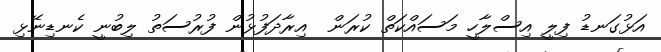
އަޅުގަނޑު ފިލީ އިސްލާހީ މަސައްކަތް ކުރަން  އިރާދަފުޅުން ފުރުސަތު ލިބުނީ ކެނޑިނޭޅި